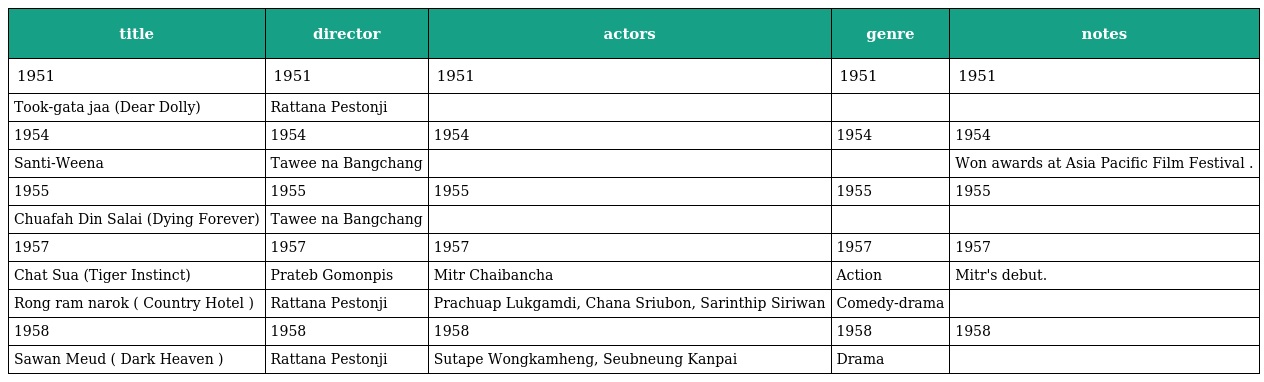
| title | director | actors | genre | notes |
 | --- | --- | --- | --- | --- |
 | 1951 | 1951 | 1951 | 1951 | 1951 |
 | Took-gata jaa (Dear Dolly) | Rattana Pestonji |  |  |  |
 | 1954 | 1954 | 1954 | 1954 | 1954 |
 | Santi-Weena | Tawee na Bangchang |  |  | Won awards at Asia Pacific Film Festival . |
 | 1955 | 1955 | 1955 | 1955 | 1955 |
 | Chuafah Din Salai (Dying Forever) | Tawee na Bangchang |  |  |  |
 | 1957 | 1957 | 1957 | 1957 | 1957 |
 | Chat Sua (Tiger Instinct) | Prateb Gomonpis | Mitr Chaibancha | Action | Mitr's debut. |
 | Rong ram narok ( Country Hotel ) | Rattana Pestonji | Prachuap Lukgamdi, Chana Sriubon, Sarinthip Siriwan | Comedy-drama |  |
 | 1958 | 1958 | 1958 | 1958 | 1958 |
 | Sawan Meud ( Dark Heaven ) | Rattana Pestonji | Sutape Wongkamheng, Seubneung Kanpai | Drama |  |